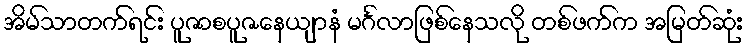
အိမ်သာတက်ရင်း ပူဇာစပူဇနေယျာနံ မင်္ဂလာဖြစ်နေသလို တစ်ဖက်က အမြတ်ဆုံး